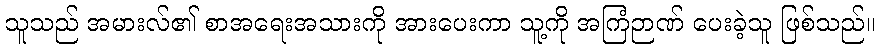
သူသည် အမားလ်၏ စာအရေးအသားကို အားပေးကာ သူ့ကို အကြံဉာဏ် ပေးခဲ့သူ ဖြစ်သည်။